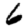
Digit: 6